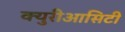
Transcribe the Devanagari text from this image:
क्युरीआसिटी